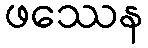
ဖဿေန